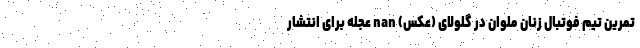
تمرین تیم فوتبال زنان ملوان در گلولای (عکس) nan عجله برای انتشار